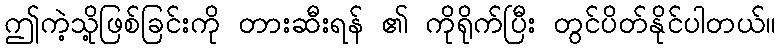
ဤကဲ့သို့ဖြစ်ခြင်းကို တားဆီးရန် ၏ ကိုရိုက်ပြီး တွင်ပိတ်နိုင်ပါတယ်။